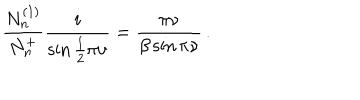
\frac { N _ { n } ^ { ( 1 ) } } { N _ { n } ^ { + } } \frac { i } { \sin \frac { 1 } { 2 } \pi \nu } = \frac { \pi \nu } { \beta \sin \pi \nu } \, .